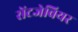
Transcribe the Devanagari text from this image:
सेंटजेवियर